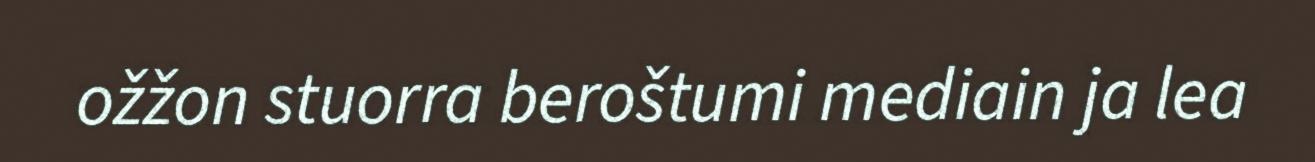
ožžon stuorra beroštumi mediain ja lea